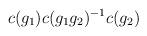
LaTeX: \begin{align*} c(g_1) c(g_1 g_2)^{-1} c(g_2)\end{align*}